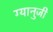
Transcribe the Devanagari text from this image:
ग्यानुजी